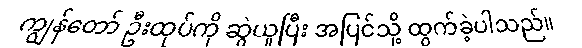
ကျွန်တော် ဦးထုပ်ကို ဆွဲယူပြီး အပြင်သို့ ထွက်ခဲ့ပါသည်။